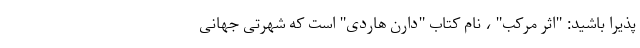
پذیرا باشید: "اثر مرکب" ، نام کتاب "دارن هاردی" است که شهرتی جهانی